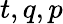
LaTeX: t,q,p